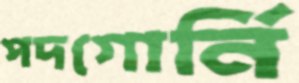
পদগোর্নি